Vaccination United Provinces of Agra and Oudh 1902-1913 - 1902-1913
Year: 1902
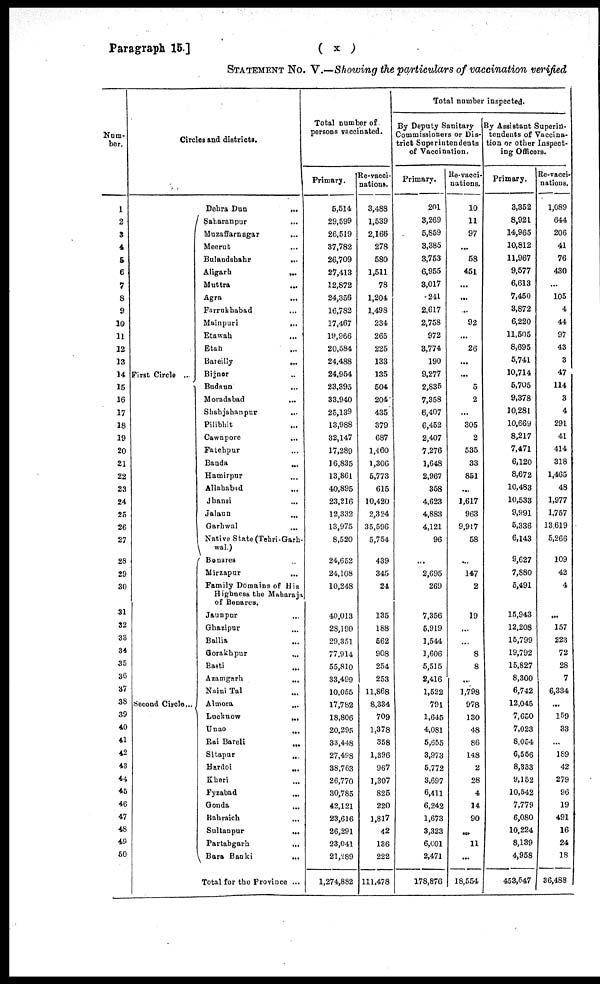
Paragraph 15.]
( x )
STATEMENT No. V.—Showing the particulars of vaccination verified
Num-
ber.
1
2
3
4
5
6
7
8
9
10
11
12
13
14
15
16
17
18
19
20
21
22
23
24
25
26
27
28
29
30
31
32
33
34
35
36
37
38
39
40
41
42
43
44
45
46
47
48
49
50
Circles and districts.
First Circle ...
Second Circle...
Dehra Dun
...
Saharanpur
...
Muzaffarnagar
...
Meerut ...
Bulandshahr
...
Aligarh ...
Muttra
...
Agra ...
Farrukhabad ...
Mainpuri ...
Etawah ...
Etah ...
Bareilly
...
Bijnor ...
Budaun
...
Moradabad
...
Shahjahanpur
...
Pilibhit ...
Cawnpore
...
Fatehpur ...
Banda ...
Hamirpur ...
Allahabad
...
Jhansi ...
Jalaun
...
Garhwal
...
Native State (Tehri-Garh-
wal.)
Benares ...
Mirzapur ...
Family Domains of His
Highness the Maharaja
of Benares.
Jaunpur ...
Ghazipur
...
Ballia ...
Gorakhpur ...
Basti ...
Azamgarh ...
Naini Tal ...
Almora ...
Lucknow
...
Unao ...
Rai Bareli
...
Sitapur
...
Hardoi
...
Kheri ...
Fyzabad ...
Gonda
...
Bahraich ...
Sultanpur
...
Partabgarh ...
Bara Banki
...
Total for the Province ...
Total number of
persons vaccinated.
Primary.
5,514
29,599
26,519
37,782
26,709
27,413
12,872
24,356
16,782
17,467
19,966
20,584
24,488
24,954
23,395
33,940
25,139
13,988
32,147
17,289
16,835
13,861
40,895
23,216
12,332
13,975
8,520
24,652
24,108
10,248
40,013
28,190
29,351
77,914
55,810
33,499
10,055
17,782
18,806
20,295
33,448
27,498
38,763
26,770
30,785
42,121
23,616
26,291
23,041
21,289
1,274,882
Re-vacci-
nations.
3,488
1,539
2,166
278
580
1,511
78
1,204
1,498
234
265
225
133
135
504
204
435
379
687
1,460
1,306
5,773
615
10,420
2,324
35,596
5,754
439
345
24
135
188
562
908
254
253
11,868
8,334
709
1,378
358
1,396
967
1,307
825
220
1,817
42
136
222
111,478
Total number inspected.
By Deputy Sanitary
Commissioners or Dis-
trict Superintendents
of Vaccination.
Primary.
201
3,269
5,859
3,385
3,753
6,955
3,017
.241
2,617
2,758
972
3,774
190
9,277
2,835
7,358
6,407
6,452
2,407
7,276
1,648
2,967
358
4,623
4,883
4,121
96
...
2,695
269
7,356
5,919
1,544
1,606
5,515
2,416
1,522
791
1,645
4,081
5,655
3,973
5,772
3,697
6,411
6,242
1,673
3,323
6,601
2,471
178,876
Re-vacci-
nations.
10
11
97
...
58
451
...
...
...
92
...
26
...
...
5
2
...
305
2
535
33
851
...
1,617
963
9,917
58
...
147
2
19
...
...
8
8
...
1,798
978
130
48
86
148
2
28
4
14
90
...
11
...
18,554
By Assistant Superin-
tendents of Vaccina-
tion or other Inspect-
ing Officers.
Primary.
3,352
8,921
14,965
10,812
11,967
9,577
6,613
7,450
3,872
6,220
11,505
8,695
5,741
10,714
5,705
9,378
10,281
10,669
8,217
7,471
6,120
8,672
10,483
10,533
9,991
5,336
6,143
9,627
7,880
5,491
15,943
12,208
15,799
19,792
15,827
8,300
6,742
12,045
7,650
7,023
8,054
6,556
8,333
9,152
10,542
7,779
6,080
10,224
8,139
4,958
453,547
Re-vacci-
nations.
1,089
644
206
41
76
430
...
105
4
44
97
43
3
47
114
3
4
291
41
414
318
1,465
48
1,977
1,757
13,619
5,266
109
42
4
...
157
223
72
28
7
6,334
...
159
33
...
189
42
279
96
19
491
16
24
18
36,488